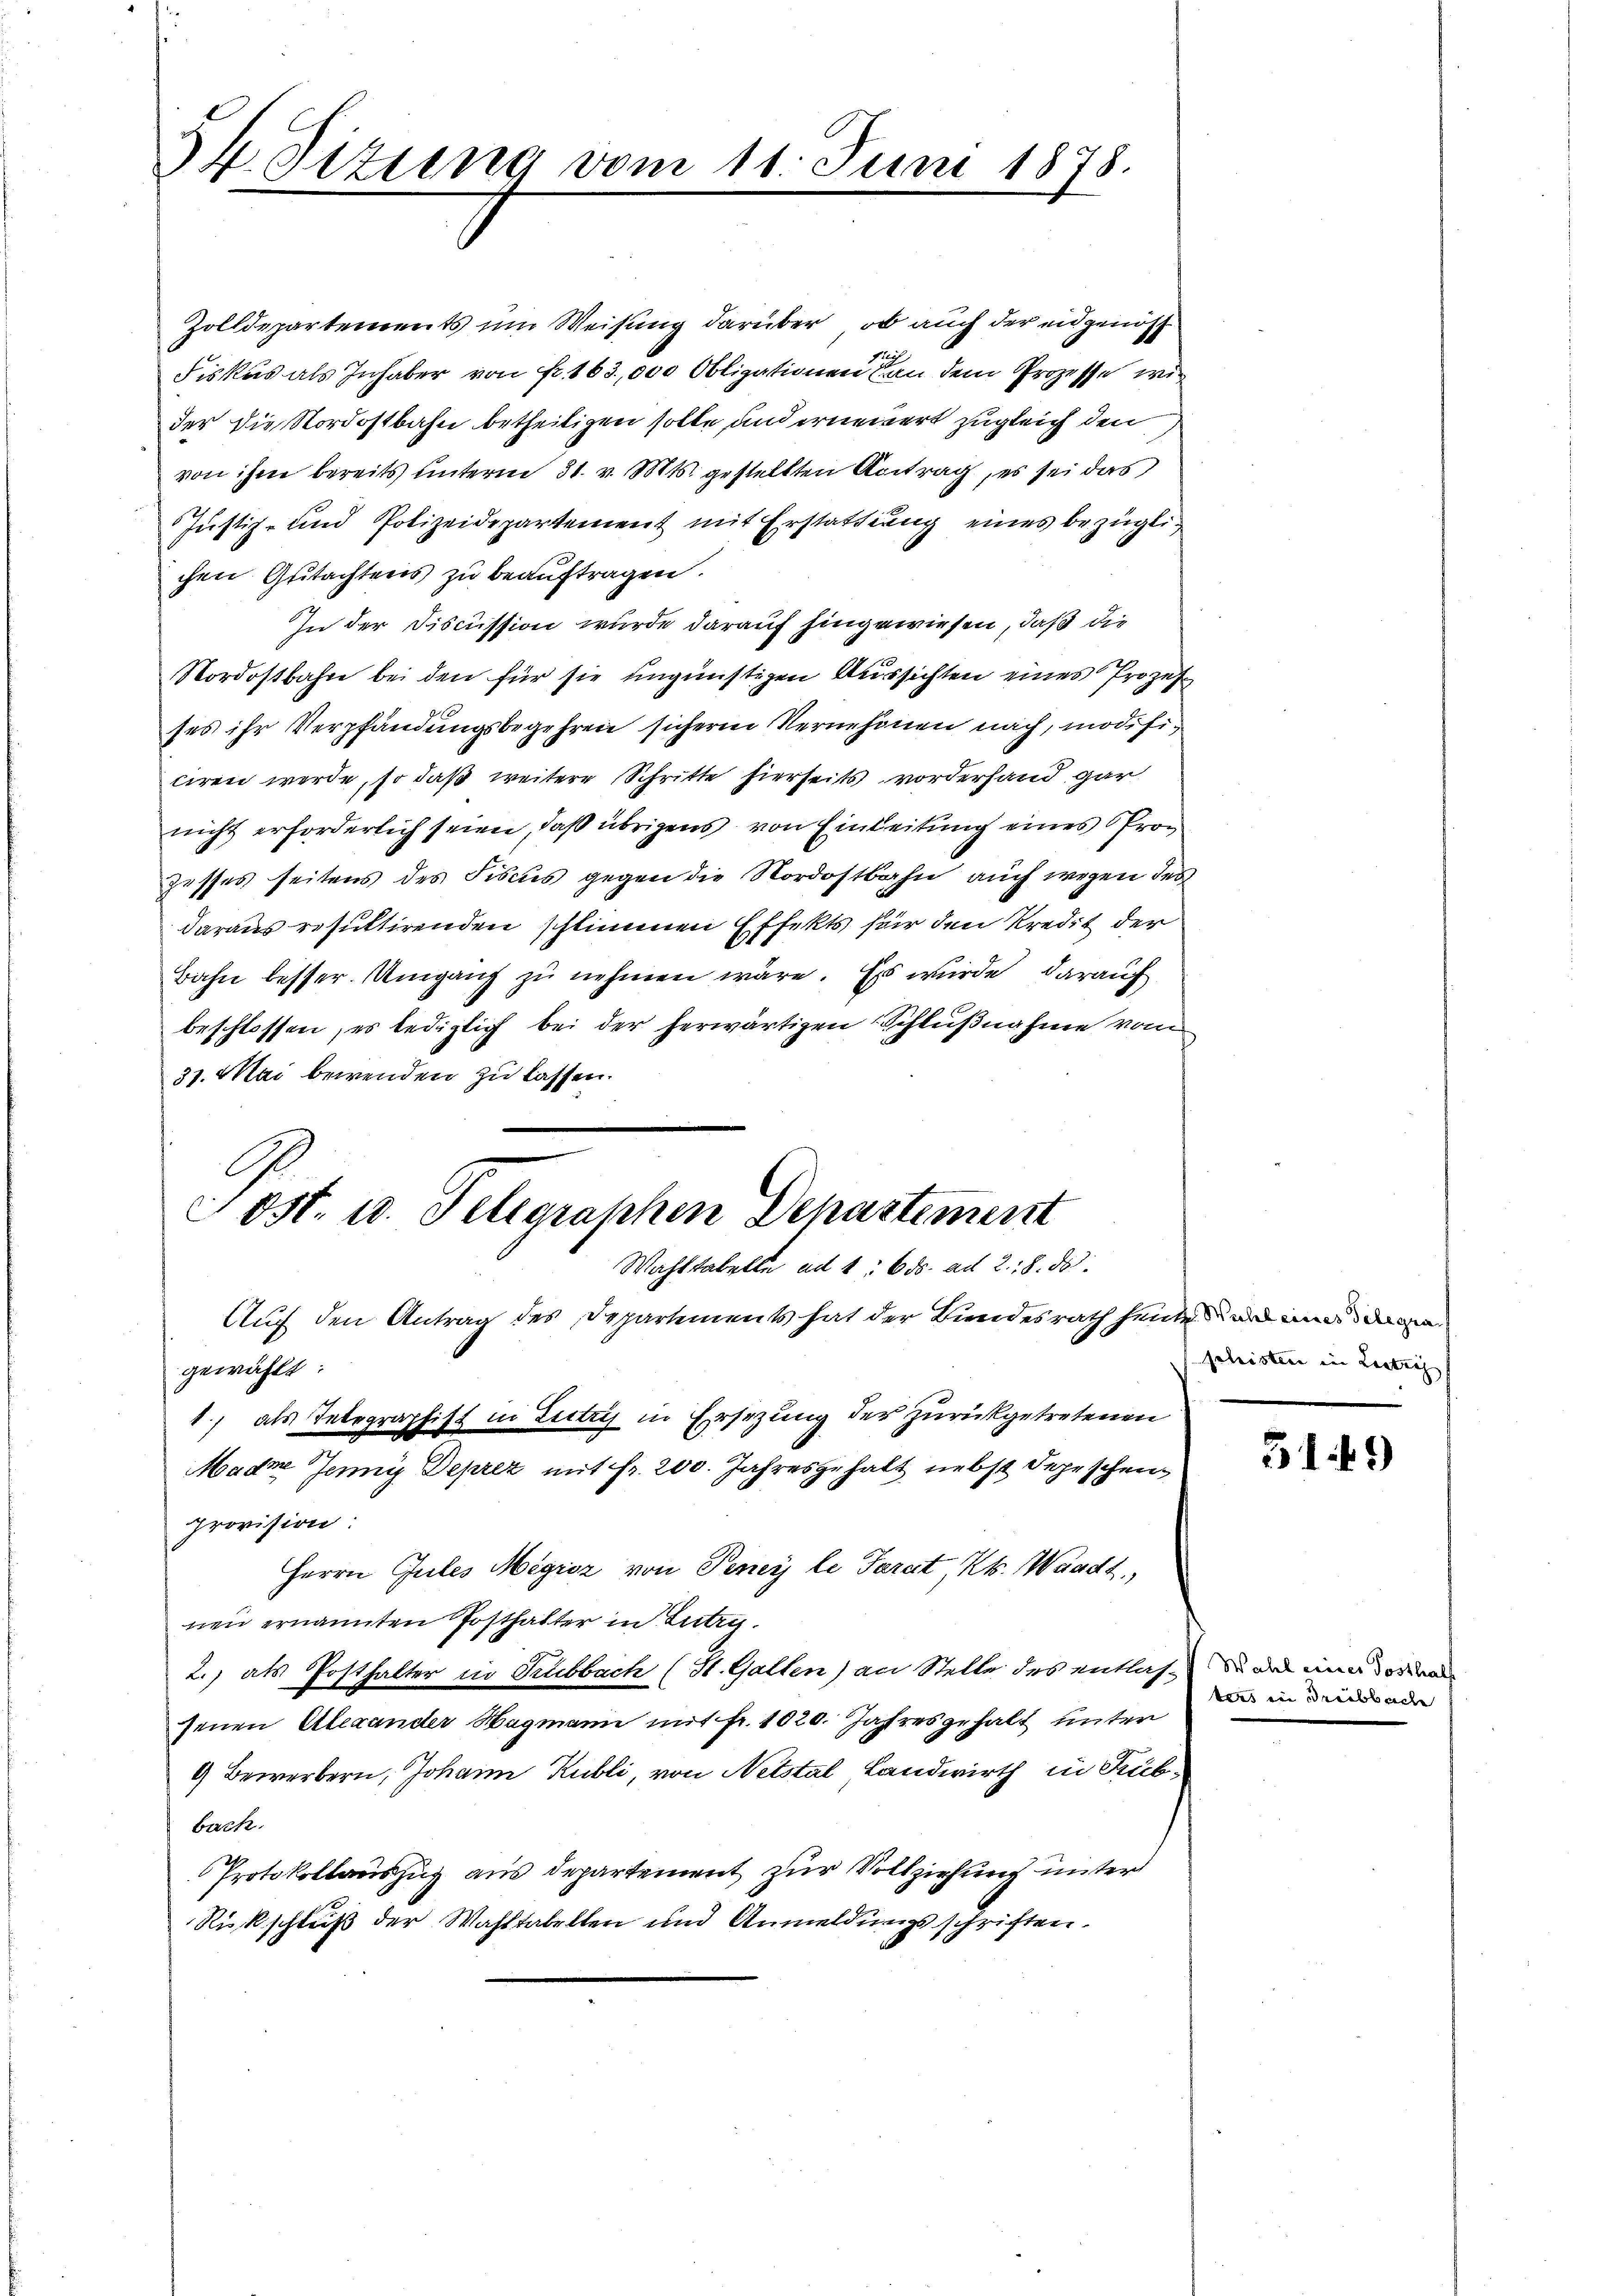
34 Sizung vom 11. Juni 1878.

Zolldepartements um Weisung darüber, ob auch der eidgenöss
Sihl
Fiskus als Inhaber von fr. 163,000 Obligationen von dem Prozesse wir
der die Nordostbahn betheiligen solle und erneuert zugleich den
von ihm bereits unterm 31. v. Mts. gestellten Antrag, es sei das
Justiz- und Polizeidepartement mit Erstattung eines bezüglichen Gutachtens zu beauftragen.
In der Discussion wurde darauf hingewiesen, daß die
Nordostbahn bei den für sie ungünstigen Aussichten eines Prozes
ses ihr Verpfändungsbegehren sicheren Vernehmen nach, modificiren werde, so daß weitere Schritte hierseits vorderhand gar
nicht erforderlich seien, daß übrigens von Einleitung eines Prozesses seitens des Fiscus gegen die Nordostbahn auch wegen der
daraus resultirenden schlimmen Effekts für den Kredit der
Bahn besser. Umgang zu nehmen wäre. Es wurde darauf
beschlossen, es lediglich bei der herwärtigen Schlußnahme von
31. Mai bewenden zu lassen.
Sost. 10. Telegraphen Departement
Wahl tabelle ad 1. 6. ds. ad 2., 8. ds.
Auch den Antrag des Departements hat der Bundesrath heinen und d
gewählt:
1., als Telegraphist in Littris in Ersezung der zurückgetretenen
Madre Jenny Deprez mit fr. 200. Jahresgehalt nebst Depeschen
Provision:
Herrn Gutes Magisz von Peneÿ le Tarat, Kts. Waadt,
nen ernannten Posthalter in Lutry.
2.) als Posthalter in Trubbach (St. Galten) an Stelle des entlassenen Alexander Hagmann mit fr. 1020. Jahresgehalt unter
9 Bewerbern, Johann Kubli, von Netstal Landwirth in Siebback.
Protokollauszug aus departement zur Vollziehung unter
Rückschluß der Wahltabelten und Anmeldungsschriften.

geleistere in Lectich

519)

Wahl einer Posthalf
ters in dreisbache